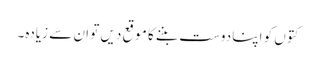
کتوں کو اپنا دوست بننے کا موقع دیں تو ان سے زیادہ۔